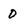
Character: 0